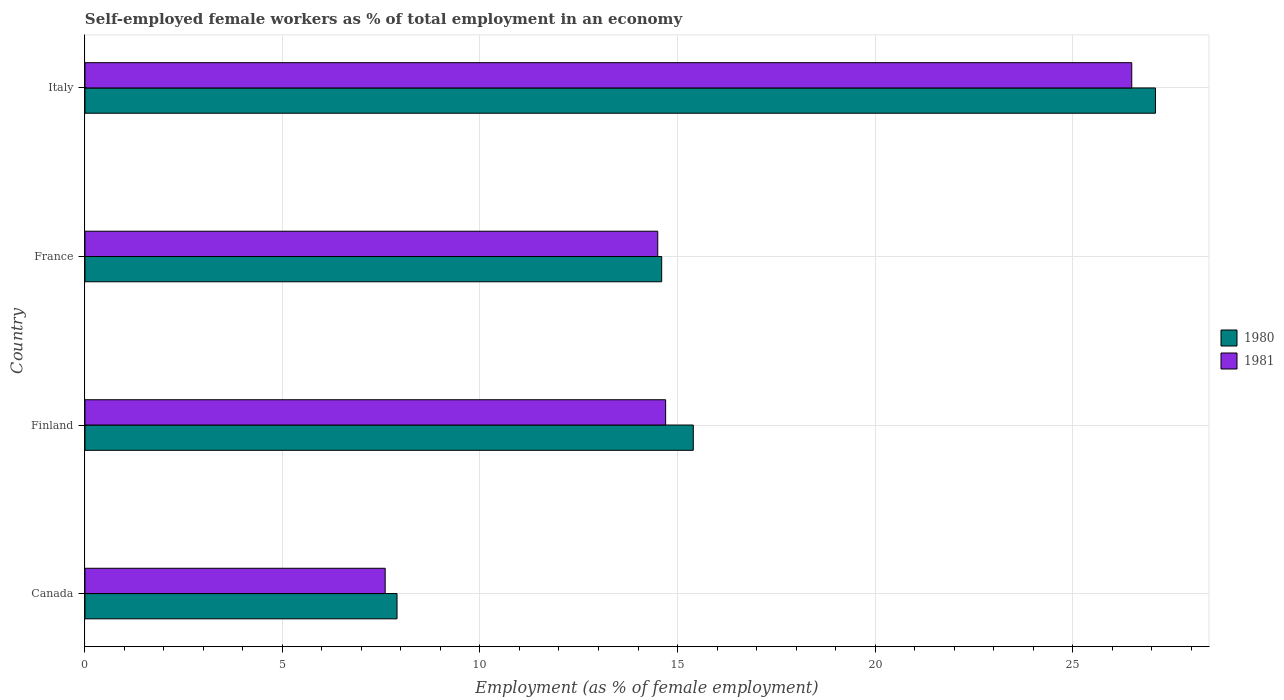
| Country | 1980 | 1981 |
 | --- | --- | --- |
 | Canada | 7.9 | 7.6 |
 | Finland | 15.4 | 14.7 |
 | France | 14.6 | 14.5 |
 | Italy | 27.1 | 26.5 |